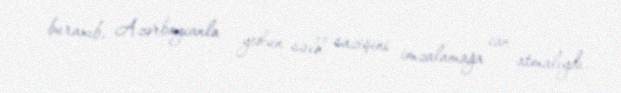
buraxıb, Azərbaycanla yekun sülh sazişini imzalamağa can atmalıydı.